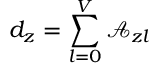
d _ { z } = \sum _ { l = 0 } ^ { V } \mathcal { A } _ { z l }